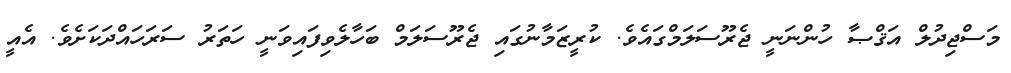
މަސްޖިދުލް އަޤްޞާ ހުންނަނީ ޖެރޫސަލަމްގައެވެ. ކުރީޒަމާނުގައި ޖެރޫސަލަމް ބަހާލެވިފައިވަނީ ހަތަރު ސަރަހައްދަކަށެވެ. އެއީ